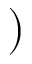
)